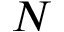
N